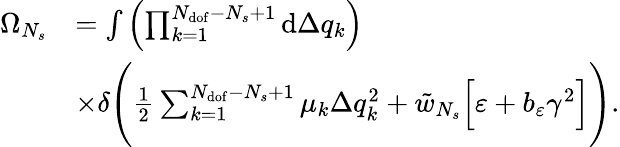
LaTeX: \begin{array}{rl}{\Omega_{N_{s}}}&{=\int{\left(\prod_{k=1}^{N_{\mathrm{dof}}-N_{s}+1}{\mathrm{d}\Delta q_{k}}\right)}}\\ &{\times\delta\Bigg(\frac{1}{2}\sum_{k=1}^{N_{\mathrm{dof}}-N_{s}+1}{\mu_{k}\Delta q_{k}^{2}}+\tilde{w}_{N_{s}}\Big[\varepsilon+b_{\varepsilon}\gamma^{2}\Big]\Bigg).}\end{array}